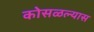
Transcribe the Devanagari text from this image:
कोसळल्यास